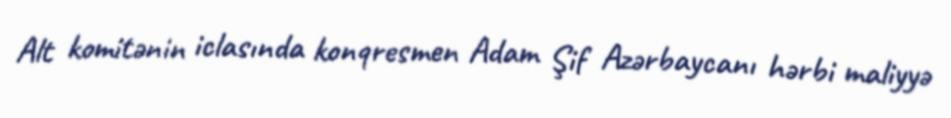
Alt komitənin iclasında konqresmen Adam Şif Azərbaycanı hərbi maliyyə